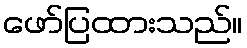
ဖော်ပြထားသည်။